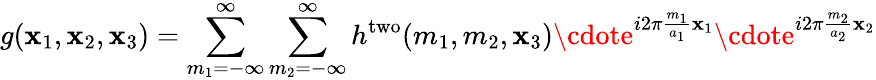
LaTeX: g(\mathbf{x}_{1},\mathbf{x}_{2},\mathbf{x}_{3})=\sum_{m_{1}=-\infty}^{\infty}\sum_{m_{2}=-\infty}^{\infty}h^{\mathrm{{two}}}(m_{1},m_{2},\mathbf{x}_{3})\cdote^{i2\pi{\frac{{m_{1}}}{{a_{1}}}}\mathbf{x}_{1}}\cdote^{i2\pi{\frac{{m_{2}}}{{a_{2}}}}\mathbf{x}_{2}}